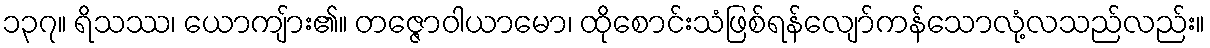
၁၃၇။ ရိသဿ၊ ယောကျ်ား၏။ တဇ္ဇောဝါယာမော၊ ထိုစောင်းသံဖြစ်ရန်လျော်ကန်သောလုံ့လသည်လည်း။